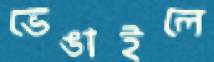
ভেঙাইলে